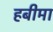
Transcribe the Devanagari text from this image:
हबीमा